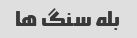
بله سنگ ها